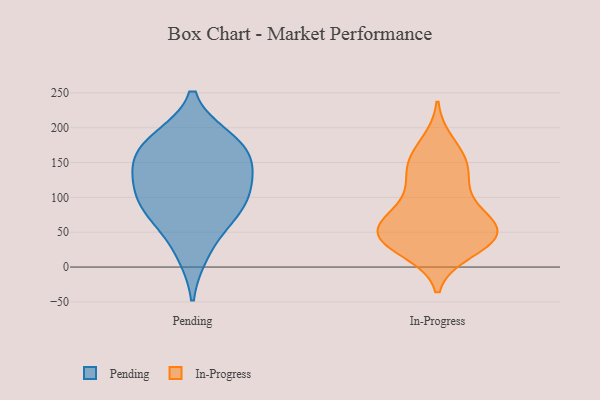
{"axis": {"x": "Population (Million)", "y": "Value"}, "legend": ["In-Progress", "Pending"], "data": [{"x": "", "y": 71, "type": "Pending"}, {"x": "", "y": 181, "type": "Pending"}, {"x": "", "y": 168, "type": "Pending"}, {"x": "", "y": 138, "type": "Pending"}, {"x": "", "y": 153, "type": "Pending"}, {"x": "", "y": 76, "type": "Pending"}, {"x": "", "y": 184, "type": "Pending"}, {"x": "", "y": 107, "type": "Pending"}, {"x": "", "y": 20, "type": "Pending"}, {"x": "", "y": 93, "type": "Pending"}, {"x": "", "y": 124, "type": "Pending"}, {"x": "", "y": 153, "type": "In-Progress"}, {"x": "", "y": 73, "type": "In-Progress"}, {"x": "", "y": 38, "type": "In-Progress"}, {"x": "", "y": 64, "type": "In-Progress"}, {"x": "", "y": 41, "type": "In-Progress"}, {"x": "", "y": 104, "type": "In-Progress"}, {"x": "", "y": 53, "type": "In-Progress"}, {"x": "", "y": 177, "type": "In-Progress"}, {"x": "", "y": 143, "type": "In-Progress"}, {"x": "", "y": 147, "type": "In-Progress"}, {"x": "", "y": 24, "type": "In-Progress"}, {"x": "", "y": 37, "type": "In-Progress"}, {"x": "", "y": 40, "type": "In-Progress"}, {"x": "", "y": 54, "type": "In-Progress"}, {"x": "", "y": 115, "type": "In-Progress"}, {"x": "", "y": 63, "type": "In-Progress"}]}